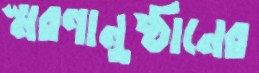
স্মরণানুষ্ঠানের